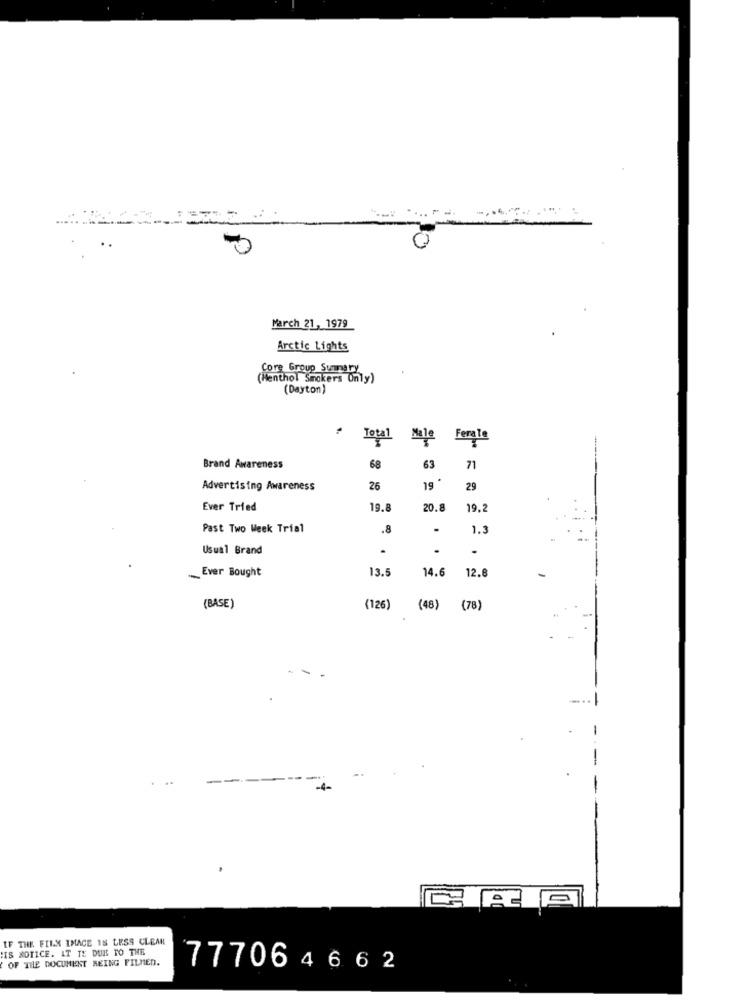
March 21, 1979
Arctic Lights
Core Group Summary
(Menthol Smokers Only)
(Dayton)
Total
Male
Ferale
Brand Awareness
68
63
71
Advertising Awareness
26
19
29
Ever Tried
19.8
20.8
19.2
Past Two Week Trial
.8
.
1.3
Usual Brand
.
.
Ever Bought
13.5
14.6
12.
(BASE)
(126)
(48)
(78)
IF THE FILM IMAGE 18 LESS CLEAR
IS NOTICE. IT TE DUE TO THE
OF THE DOCUMENT BEING FILMED.
777064662